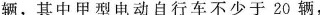
辆，其中甲型电动自行车不少于20辆，